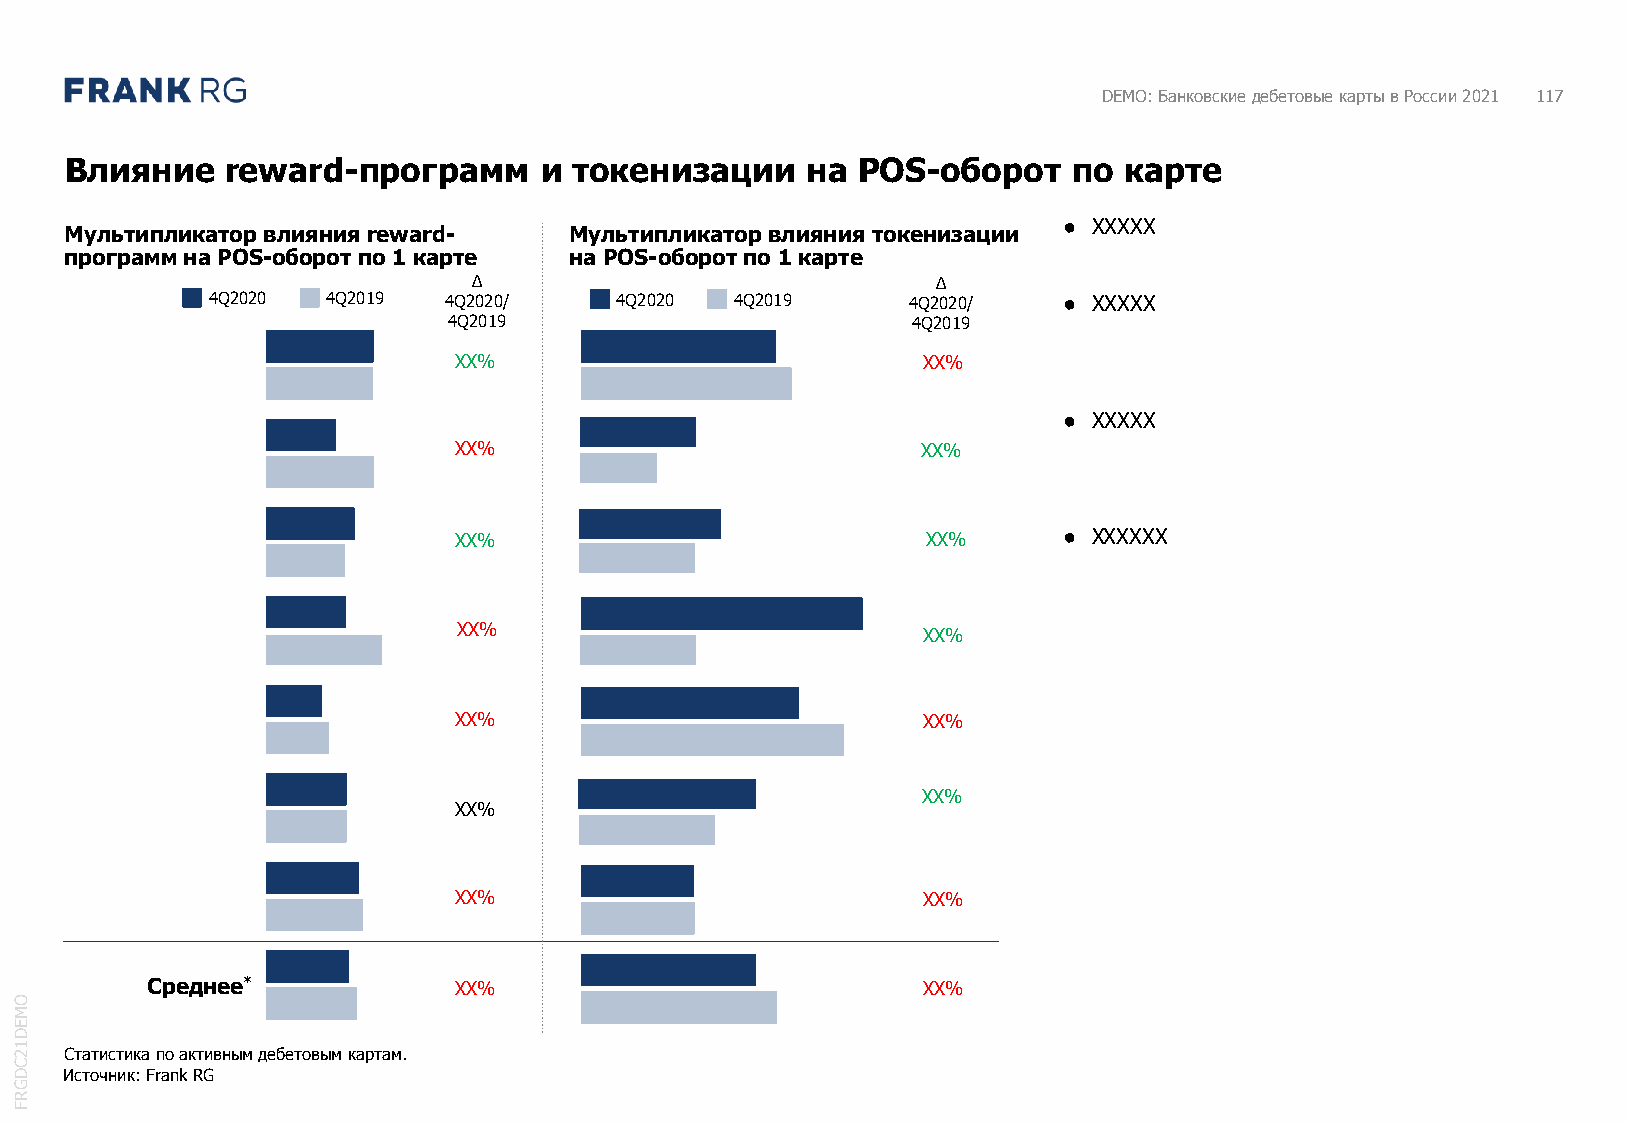
DEMO: Банковские дебетовые карты в России 2021 117
 Влияние    reward-программ      и токенизации    на  POS-оборот    по карте
 ● XXXXX
 Мультипликатор влияния reward-    Мультипликатор влияния токенизации
 программна POS-оборот по 1 карте  на POS-оборот по 1 карте
 Δ                              Δ
 4Q2020  4Q2019 4Q2020/     4Q2020  4Q2019     4Q2020/   ● XXXXX
 4Q2019                        4Q2019
 XX%                            XX%
 ● XXXXX
 XX%                            XX%
 XX%                            XX%      ● XXXXXX
 XX%
 XX%
 XX%                            XX%
 XX%
 XX%
 XX%                            XX%
 Среднее*            XX%                            XX%
 O
 M
 E
 D
 1
 2  Статистика по активным дебетовым картам.
 C
 D  Источник: Frank RG
 G
 R
 F